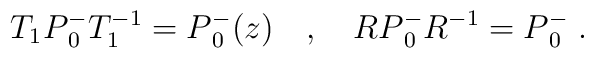
T_1P{_0 ^-} T^{-1}_1 = P{_0 ^-} (z) \quad , \quad R P{_0 ^-} R ^{-1} =P{_0 ^-}\; .